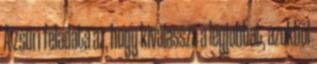
A zsűri feladata az, hogy kiválassza a legjobbat, azokból